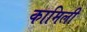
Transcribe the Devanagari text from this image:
कामिली